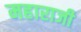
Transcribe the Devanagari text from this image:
महाराजी